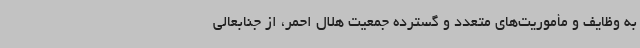
به وظایف و مأموریت‌های متعدد و گسترده جمعیت هلال احمر، از جنابعالی